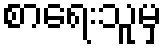
စာရေးသူမှ